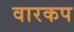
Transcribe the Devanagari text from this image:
वारकप